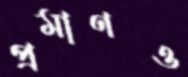
প্রমাণও